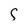
Character: S